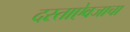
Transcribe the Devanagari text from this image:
दस्ताऐवजाचा